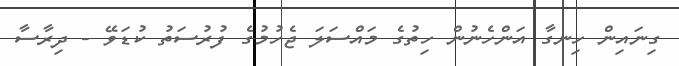
ގިނައިން ހިނގާ އަންހެނުން ހިތުގެ މައްސަލަ ޖެހުމުގެ ފުރުސަތު ކުޑަވޭ - ދިރާސާ